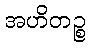
အဟိတဉ္စ